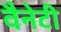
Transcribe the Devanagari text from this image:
वैनेटी